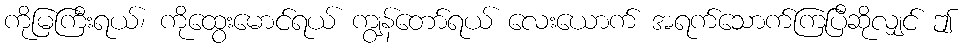
ကိုမြကြီးရယ်၊ ကိုထွေးမောင်ရယ် ကျွန်တော်ရယ် လေးယောက် အရက်သောက်ကြပြီဆိုလျှင် ဤ